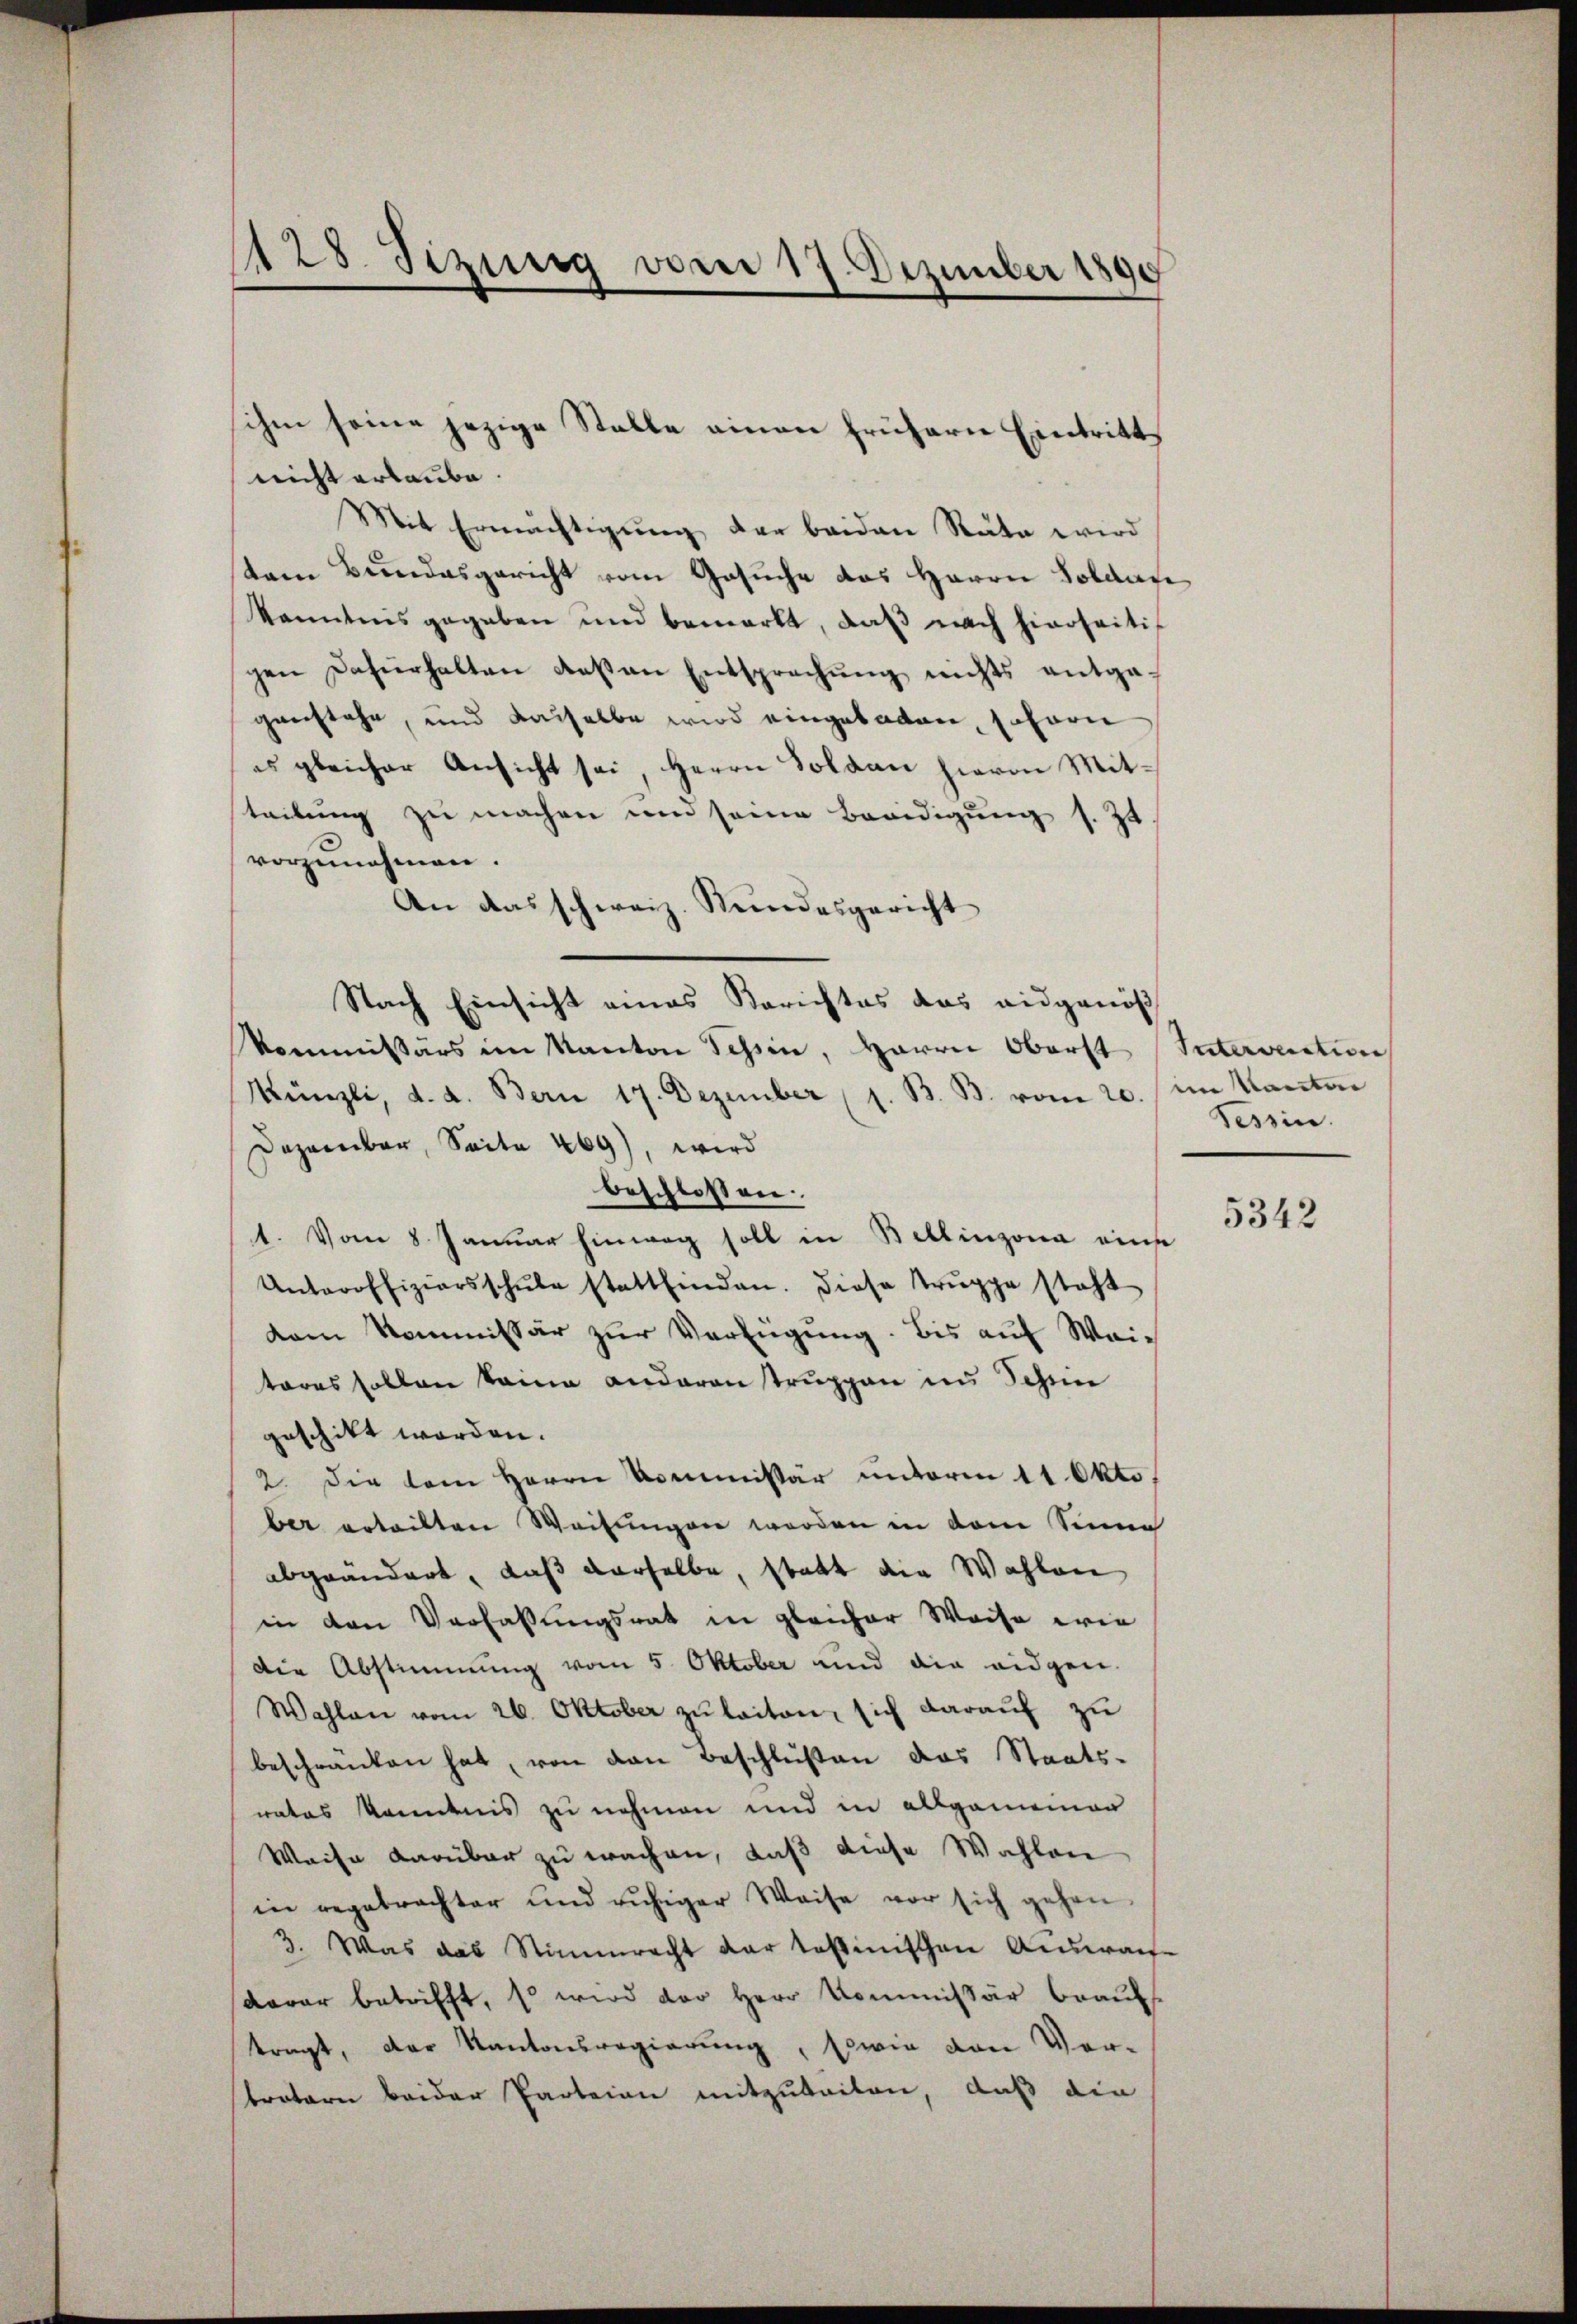
128. Sizung vom 17. Dezember 1890

nicht erlaube.
Mit Ermächtigŭng der beiden Rata wird
tem Bundesgericht vom Gesuche das Herrn Soldan
Kenntnis gegeben und bemerkt, daß nach hierseitis
gen dafürhalten deßen Entsprechŭng nichts entge-
genstehe, und dasselbe wird eingeladen, scharn
es gleicher Ansicht sei, Herrn Soldau hievon Mitteilung zu machen um seine Beeidigung s. Zt
vorzunehmen.
An das schweiz. Kundesgericht
Nach Einsicht eines Berichtes das eidgenöß
Kommissärs im Kanton Tessin, Herrn Oberst Intervention
Künzli, d. d. Bern 17. Dezember (s. B. B. vom 20. / im Kanton
Dezember, Seite 469), wird
beschlossen.
1. Vom 8. Januar hinweg soll in Bellinzona eine
Unteroffiziersschŭle stattfinden. Diese Truppe steht
dem Kommissär zur Verfügung. Bis auf Weitares sollen keine anderen truppen in Schein
geschikt worden.
2. Die kam Herrn Kommissär ŭnterm 11 Okto
ber erteilten Weisungen werden in dem Sinne
abgeändert, daß derselbe, statt die Wahlen
in den Verfassungsrat in gleicher Weise wie
die Abstimmung vom 5. Oktober und die eidgen.
Wahlen vom 26. Oktober zŭ laiton, sich darauf zu
beschränken hat, von den Beschlüßen das Staats-
nates Kandnis zu nehmen und in allgemeiner
Waise darüber zu wachen, daß diese Wahlen
in regetrachter und ruhiger Weise vor sich gehen.
3. Was das Stimmrecht dar testinischen Auswaise
derar betrifft, so wird der Herr Kommissär brauc
tragt, der Kantonsregierung, sowie von Ver-
tratern beider Parteien mitzuteilen, daß die

ihm seine jezige Stelle einen frühern Eintritt

Tessin.

5342